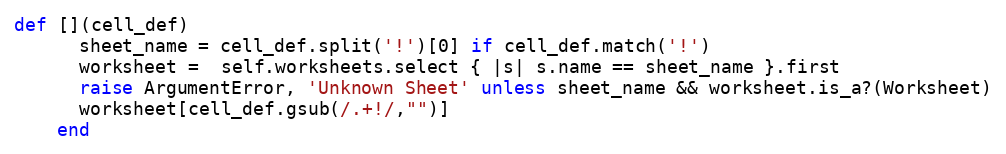
Language: Ruby
def [](cell_def)
      sheet_name = cell_def.split('!')[0] if cell_def.match('!')
      worksheet =  self.worksheets.select { |s| s.name == sheet_name }.first
      raise ArgumentError, 'Unknown Sheet' unless sheet_name && worksheet.is_a?(Worksheet)
      worksheet[cell_def.gsub(/.+!/,"")]
    end